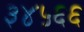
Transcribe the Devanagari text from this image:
३४५६६